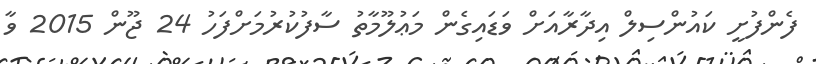
ފެންފުށީ ކައުންސިލް އިދާރާއަށް ވަޑައިގެން މަޢުލޫމާތު ސާފުކުރުމަށްފަހު 24 ޖޫން 2015 ވާ